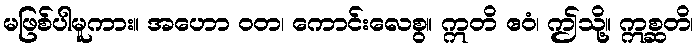
မဖြစ်ပါမူကား။ အဟော ဝတ၊ ကောင်းလေစွ။ ဣတိ ဧဝံ၊ ဤသို့။ ဣစ္ဆတိ၊